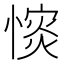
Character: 𢠡